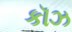
કૉઝ